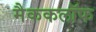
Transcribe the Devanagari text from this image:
मैककलॉफ